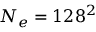
N _ { e } = 1 2 8 ^ { 2 }